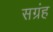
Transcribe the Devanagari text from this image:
सग्रंह